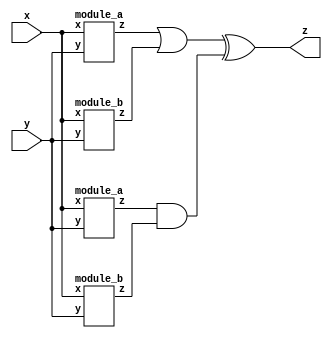
module top_module (input x, input y, output z);
    
    wire z1, z2, z3, z4, a, b;
    
    module_a ia1 (x, y, z1);
    module_b ia2 (x, y, z2);
    module_a ia3 (x, y, z3);
    module_b ia4 (x, y, z4);
    
    assign a = z1 | z2;
    assign b = z3 & z4;
    assign z = a ^ b;
endmodule

module module_a (input x, input y, output z);
    assign z = (x^y)&x;
endmodule

module module_b (input x, input y, output z);
    assign z = ~(x^y);
endmodule